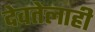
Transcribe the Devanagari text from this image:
देवतेलाही